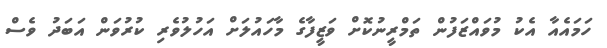
ހަމައެއާ އެކު މުވައްޒަފުން ތަމްރީނުކޮށް ވަޒީފާގެ މާހައުލަށް އަހުލުވެރި ކުރުވަން އަބަދު ވެސް